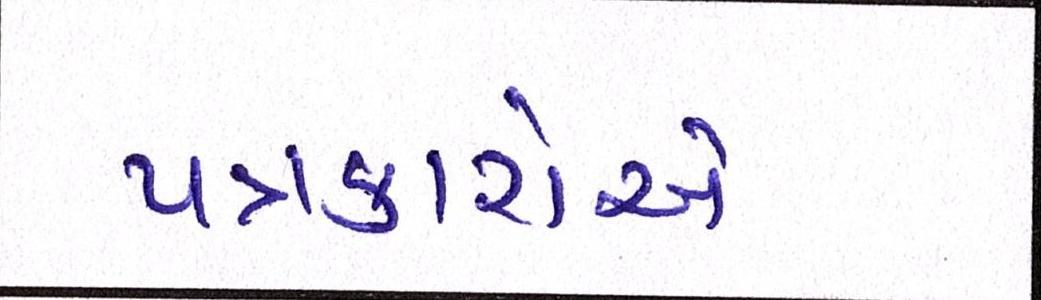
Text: પત્રકારોએ